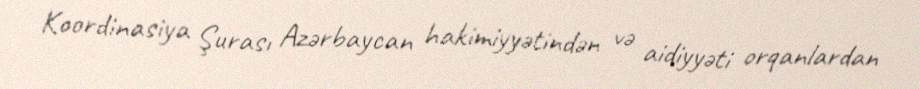
Koordinasiya Şurası Azərbaycan hakimiyyətindən və aidiyyəti orqanlardan